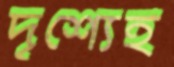
দৃশ্যেই